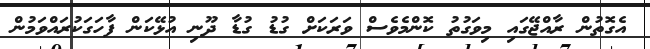
އެގޮތުން ރާއްޖޭގައި މިވަގުތު ކޮންމެވެސް ވަރަކަށް ގުޑު ގުޑާ ދޫނި އުޅޭކަން ފާހަގަކުރައްވަމުން